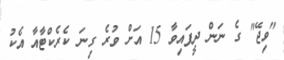
"ވިޖޭ" ގެ ނަން ދީފައިވާ 15 އަށް ވުރެ ގިނަ ކެރެކްޓާއާ އެކު